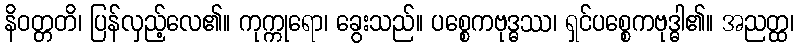
နိဝတ္တတိ၊ ပြန်လှည့်လေ၏။ ကုက္ကုရော၊ ခွေးသည်။ ပစ္စေကဗုဒ္ဓဿ၊ ရှင်ပစ္စေကဗုဒ္ဓါ၏။ အညတ္ထ၊